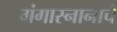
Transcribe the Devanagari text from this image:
गंगास्नानाचे